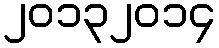
၂၀၁၃၂၀၁၄